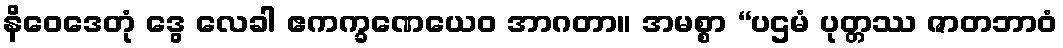
နိဝေဒေတုံ ဒွေ လေခါ ဧကက္ခဏေယေဝ အာဂတာ။ အမစ္စာ “ပဌမံ ပုတ္တဿ ဇာတဘာဝံ